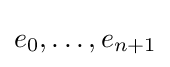
e_{0},\dots ,e_{n+1}